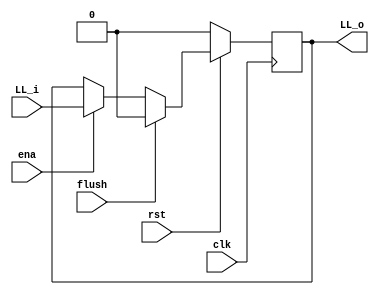

module LL_reg(
 
  input		clk,
  input 	rst,
	

  input         flush,
	
  input 	LL_i,
  input         ena,
	
  
  output reg    LL_o
	
);
 
	always @ (posedge clk) begin
    	 	if (!rst) begin
       			LL_o <= 1'b0;
     	 	end 
	 	else if((flush == 1'b1)) begin 
        		LL_o <= 1'b0;
     		end 
		else if((ena)) begin
      	 		 LL_o <= LL_i;
     		end
  	end  	
 

endmodule